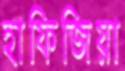
হাফিজিয়া